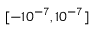
[ - 1 0 ^ { - 7 } , 1 0 ^ { - 7 } ]